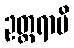
ဥတ္တရာပိ